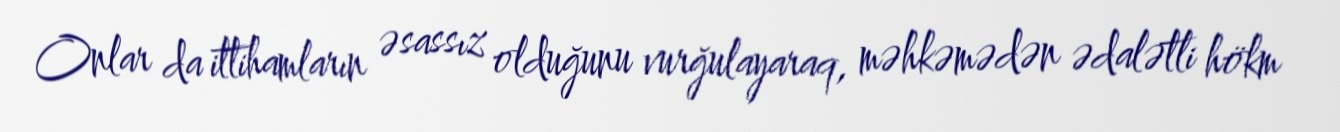
Onlar da ittihamların əsassız olduğunu vurğulayaraq, məhkəmədən ədalətli hökm